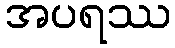
အပရဿ